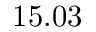
1 5 . 0 3